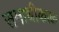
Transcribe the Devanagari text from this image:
समाधीकाळ